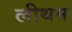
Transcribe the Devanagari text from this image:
लीथम